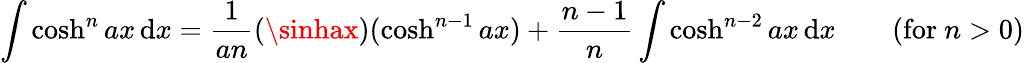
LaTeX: \int\cosh^{n}ax\, \mathrm{d}x={\frac{{1}}{{an}}}(\sinhax)(\cosh^{n-1}ax)+{\frac{{n-1}}{{n}}}\int\cosh^{n-2}ax\, \mathrm{d}x\qquad{\mathrm{{(for~}}}n>0{\mathrm{{)}}}